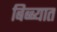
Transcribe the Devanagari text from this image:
बिब्ब्यात